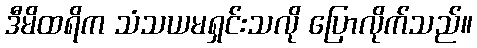
ဒီမိထရိက သံသယမရှင်းသလို ပြောလိုက်သည်။